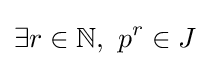
\exists r\in \mathbb {N} ,\ p^{r}\in J